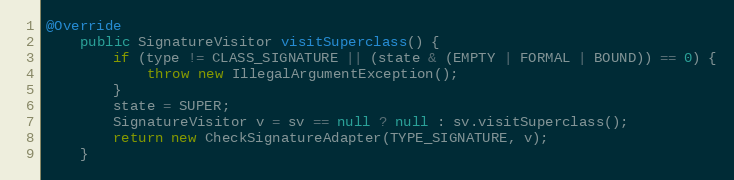
Language: Java
@Override
    public SignatureVisitor visitSuperclass() {
        if (type != CLASS_SIGNATURE || (state & (EMPTY | FORMAL | BOUND)) == 0) {
            throw new IllegalArgumentException();
        }
        state = SUPER;
        SignatureVisitor v = sv == null ? null : sv.visitSuperclass();
        return new CheckSignatureAdapter(TYPE_SIGNATURE, v);
    }